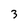
Character: 3